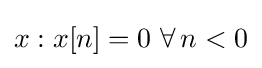
x:x[n]=0\ \forall \,n<0